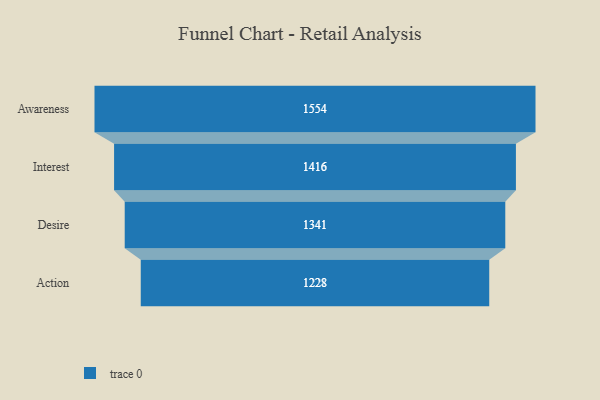
{"axis": {"x": "Stage", "y": "Value"}, "legend": [""], "data": [{"x": "Awareness", "y": 1554.0, "type": ""}, {"x": "Interest", "y": 1416.0, "type": ""}, {"x": "Desire", "y": 1341.0, "type": ""}, {"x": "Action", "y": 1228.0, "type": ""}]}